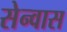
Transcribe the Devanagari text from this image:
सेन्वास